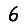
Digit: 6